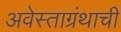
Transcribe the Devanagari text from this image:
अवेस्ताग्रंथाची